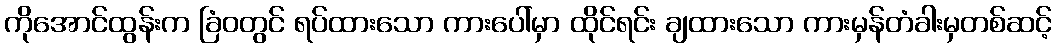
ကိုအောင်ထွန်းက ခြံဝတွင် ရပ်ထားသော ကားပေါ်မှာ ထိုင်ရင်း ချထားသော ကားမှန်တံခါးမှတစ်ဆင့်